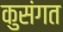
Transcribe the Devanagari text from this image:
कुसंगत